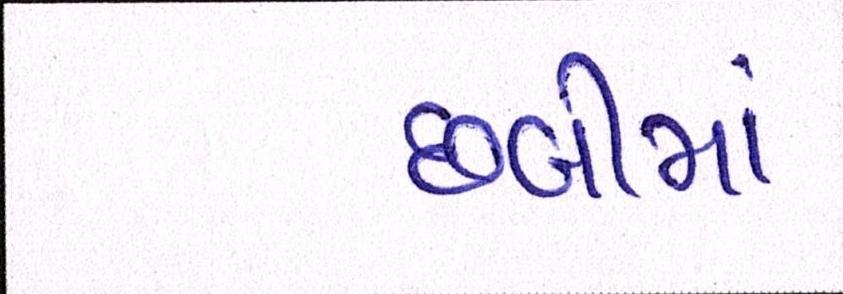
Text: છબીમાં